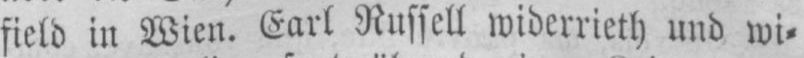
field in Wien. Earl Russel widerrieht und wi⸗